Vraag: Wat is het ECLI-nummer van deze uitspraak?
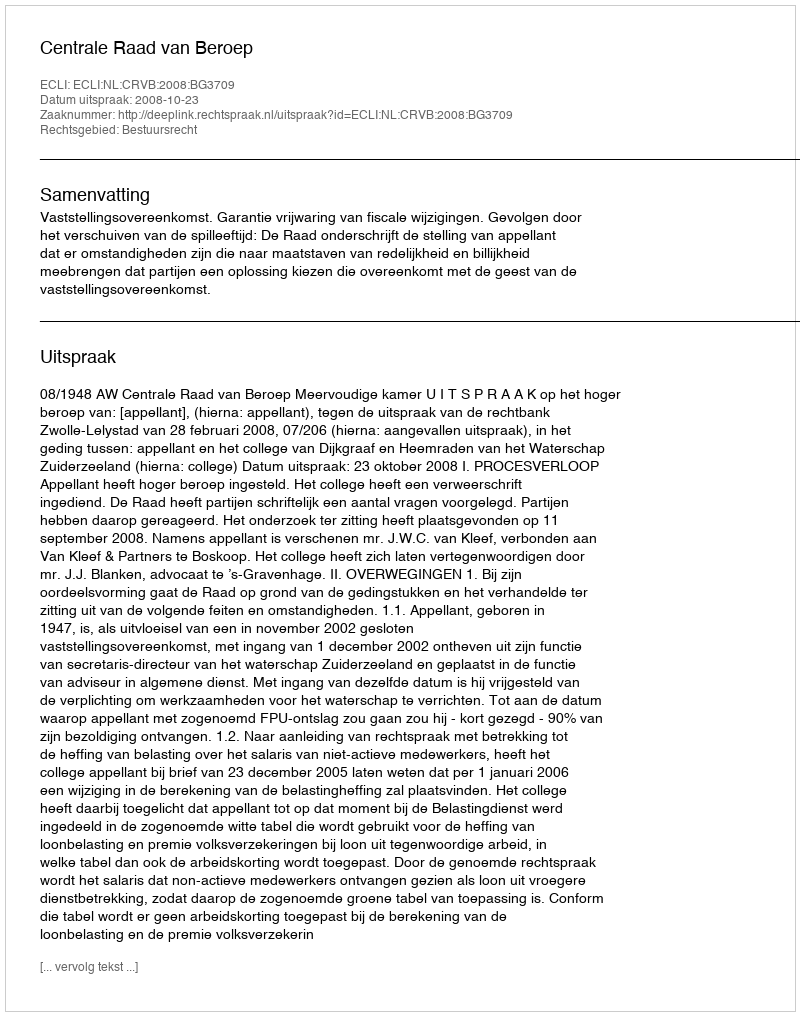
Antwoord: ECLI:NL:CRVB:2008:BG3709